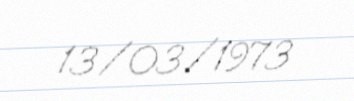
13/03/1973